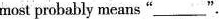
most probably means "\underline" .